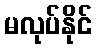
မလုပ်နိုင်